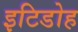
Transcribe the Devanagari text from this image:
इटिडोह